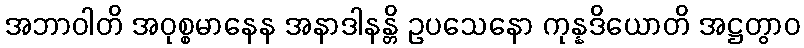
အဘာဝါတိ အဝုစ္စမာနေန အနာဒါနန္တိ ဥပသေနော ကုန္နဒိယောတိ အဋ္ဌတွာဝ